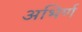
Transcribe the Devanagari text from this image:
अभिर्ण